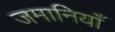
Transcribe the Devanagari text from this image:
जमानियाँ